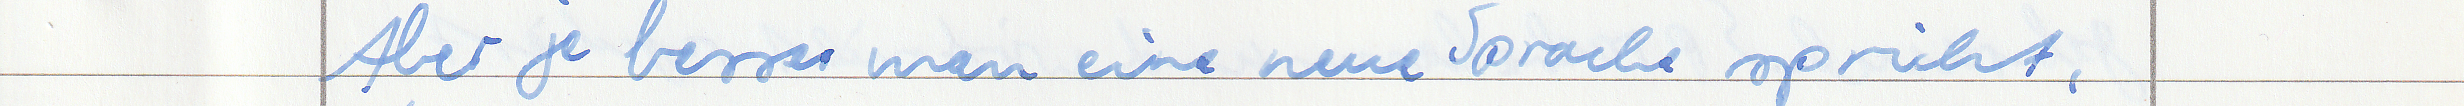
Aber je besser man eine neue Sprache spricht,